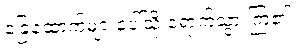
ခြေထောက်များပေါ်သို့ ရောက်သွားကြ၏။